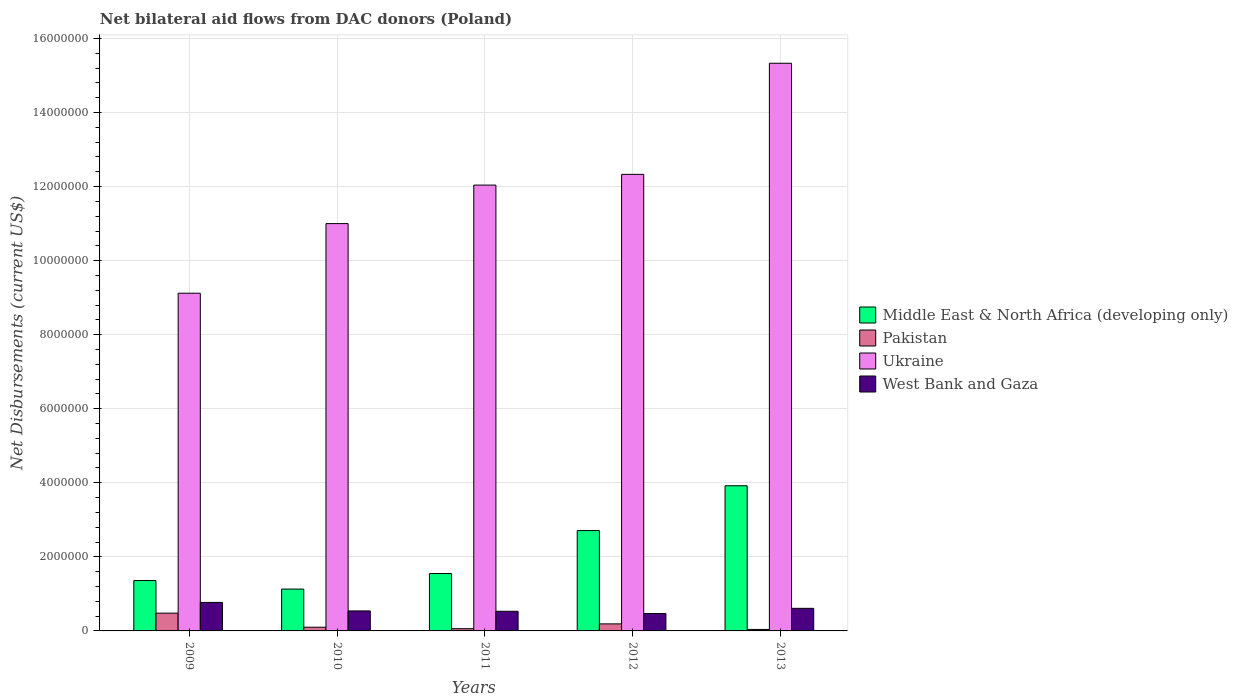
| Years | Middle East & North Africa (developing only) | Pakistan | Ukraine | West Bank and Gaza |
 | --- | --- | --- | --- | --- |
 | 2009 | 1.36e+06 | 4.8e+05 | 9.12e+06 | 7.7e+05 |
 | 2010 | 1.13e+06 | 1e+05 | 1.1e+07 | 5.4e+05 |
 | 2011 | 1.55e+06 | 6e+04 | 1.2e+07 | 5.3e+05 |
 | 2012 | 2.71e+06 | 1.9e+05 | 1.23e+07 | 4.7e+05 |
 | 2013 | 3.92e+06 | 4e+04 | 1.53e+07 | 6.1e+05 |